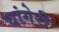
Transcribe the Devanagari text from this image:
चांगेरी